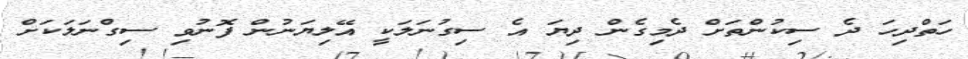
ހަތްދިހަ ދެ ސިކުންތަށް ދެމިގެން ދިޔަ އެ ސިގުނަލަކީ އޭލިޔަނުން ފޮނުވި ސިގްނަލަކަށް